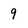
Character: 9